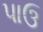
પાઉ